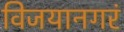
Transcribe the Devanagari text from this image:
विजयानगरं